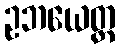
ဥဘယေတ္ထ